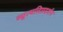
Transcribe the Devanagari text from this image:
व्युत्पत्तिप्रदर्शन